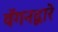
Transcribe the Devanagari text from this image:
वॅगनद्वारे